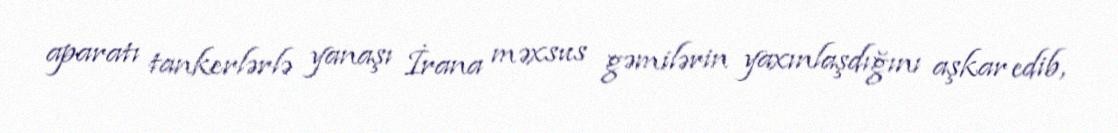
aparatı tankerlərlə yanaşı İrana məxsus gəmilərin yaxınlaşdığını aşkar edib,